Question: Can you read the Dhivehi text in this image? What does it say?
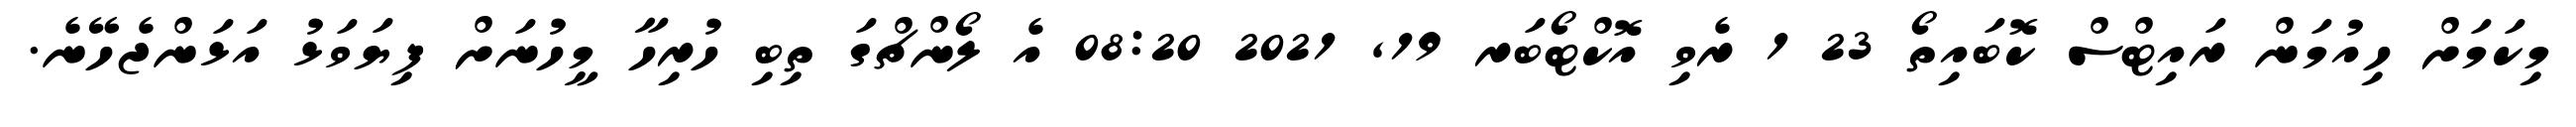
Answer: މިކަމަށް ހިއުމަން ރައިޓްސް ކޮބައިތޯ 23 1 ރެވި އޮކްޓޯބަރ 19, 2021 08:20 އެ ލޯންޗްގަ ތިބި ހުރިހާ މީހުނަށް ފިޔަވަޅު އަޅަންޖެހޭނެ.